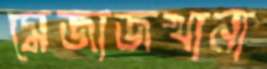
মেজাজখানা